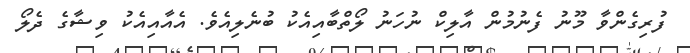
ފުރިގެންވާ މޫނު ފެނުމުން އާލިކް ނުހަނު ލޯތްބާއިއެކު ބުނެލިއެވެ. އެއާއިއެކު ވިޝާގެ ދެލޯ